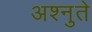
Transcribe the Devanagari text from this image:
अश्नुते